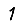
Digit: 1